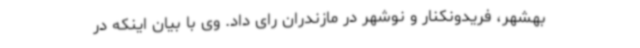
بهشهر، فریدونکنار و نوشهر در مازندران رای داد. وی با بیان اینکه در